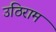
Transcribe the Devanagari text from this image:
उठिराम